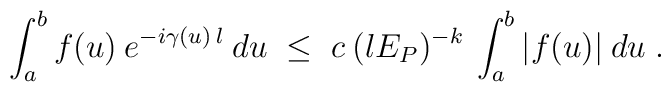
\int_a^b f(u) \:e^{-i \gamma(u) \:l} \:du \;\leq\; c \: (l E_P )^{-k}\:\int_a^b |f(u)| \:du \;.